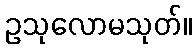
ဥသုလောမသုတ်။